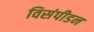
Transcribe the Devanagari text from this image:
विसंपीडन